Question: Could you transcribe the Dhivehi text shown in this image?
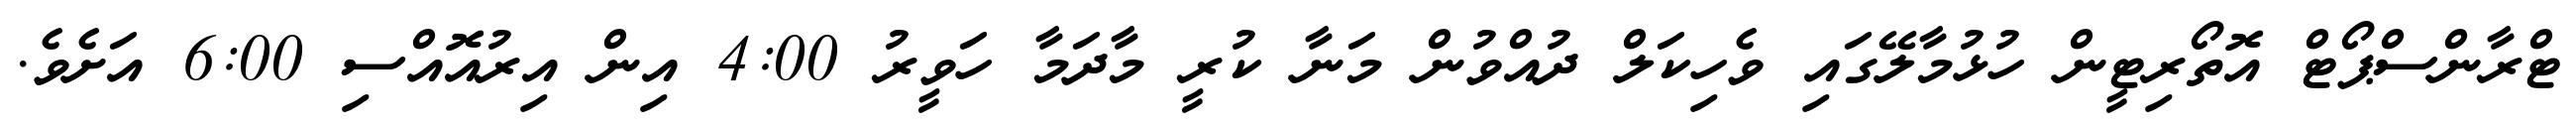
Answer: ޓްރާންސްޕޯޓް އޮތޯރިޓީން ހުޅުމާލޭގައި ވެހިކަލް ދުއްވުން މަނާ ކުރީ މާދަމާ ހަވީރު 4:00 އިން އިރުއޮއްސި 6:00 އަށެވެ.